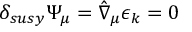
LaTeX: \delta _ { s u s y } \Psi _ { \mu } = \hat { \nabla } _ { \mu } \epsilon _ { k } = 0